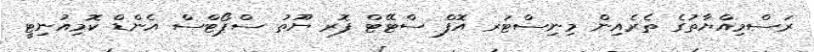
ރަސްމިއްޔާތުގެ ތެރެއިން މިނިސްޓަރ އޮފް ސްޓޭޓް ފޮރ ޔޫތު ސްޕޯޓްސް އެންޑް ކޮމިއުނިޓީ